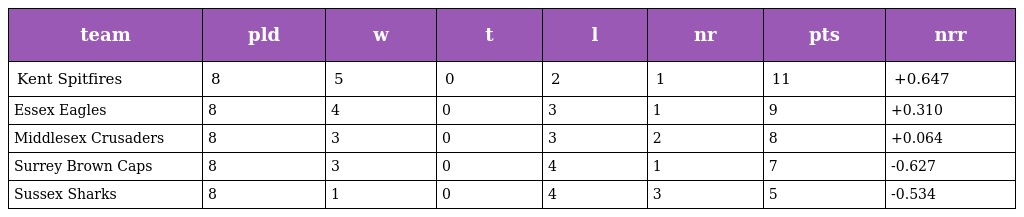
| team | pld | w | t | l | nr | pts | nrr |
 | --- | --- | --- | --- | --- | --- | --- | --- |
 | Kent Spitfires | 8 | 5 | 0 | 2 | 1 | 11 | +0.647 |
 | Essex Eagles | 8 | 4 | 0 | 3 | 1 | 9 | +0.310 |
 | Middlesex Crusaders | 8 | 3 | 0 | 3 | 2 | 8 | +0.064 |
 | Surrey Brown Caps | 8 | 3 | 0 | 4 | 1 | 7 | -0.627 |
 | Sussex Sharks | 8 | 1 | 0 | 4 | 3 | 5 | -0.534 |